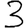
Digit: 3